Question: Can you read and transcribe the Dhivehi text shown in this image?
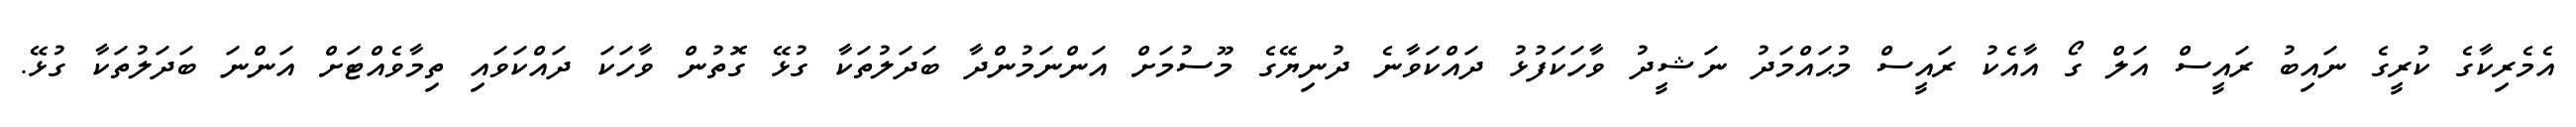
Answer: އެމެރިކާގެ ކުރީގެ ނައިބު ރައީސް އަލް ގޯ އާއެކު ރައީސް މުޙައްމަދު ނަޝީދު ވާހަކަފުޅު ދައްކަވާނެ ދުނިޔޭގެ މޫސުމަށް އަންނަމުންދާ ބަދަލުތަކާ ގުޅޭ ގޮތުން ވާހަކަ ދައްކަވައި ތިމާވެއްޓަށް އަންނަ ބަދަލުތަކާ ގުޅޭ.